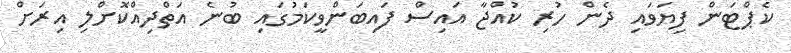
ކެޕްޓަން ފިޔަވައި ދެން ހުރި ކުއްޖާ އައިސް ފައިބަންވީކަމުގައި ބުނެ އަތްދިއްކޮށްލި އިރަށް